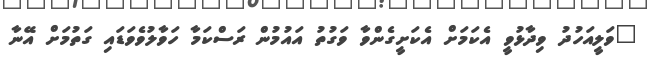
"ވަލީއަހުދު ވިދާޅުވީ އެކަމަށް އެކަށީގެންވާ ވަގުތު އައުމުން ރަސްކަމާ ހަވާލުވެވަޑައި ގަތުމަށް އޭނާ